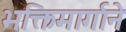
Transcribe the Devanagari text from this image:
भक्तिमार्गाने